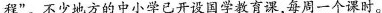
程”。不少地方的中小学已开设国学教育课，每周一个课时。